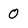
Character: 0